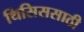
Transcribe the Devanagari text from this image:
थिसिससाठी